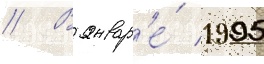
// В январ'е́ 1995